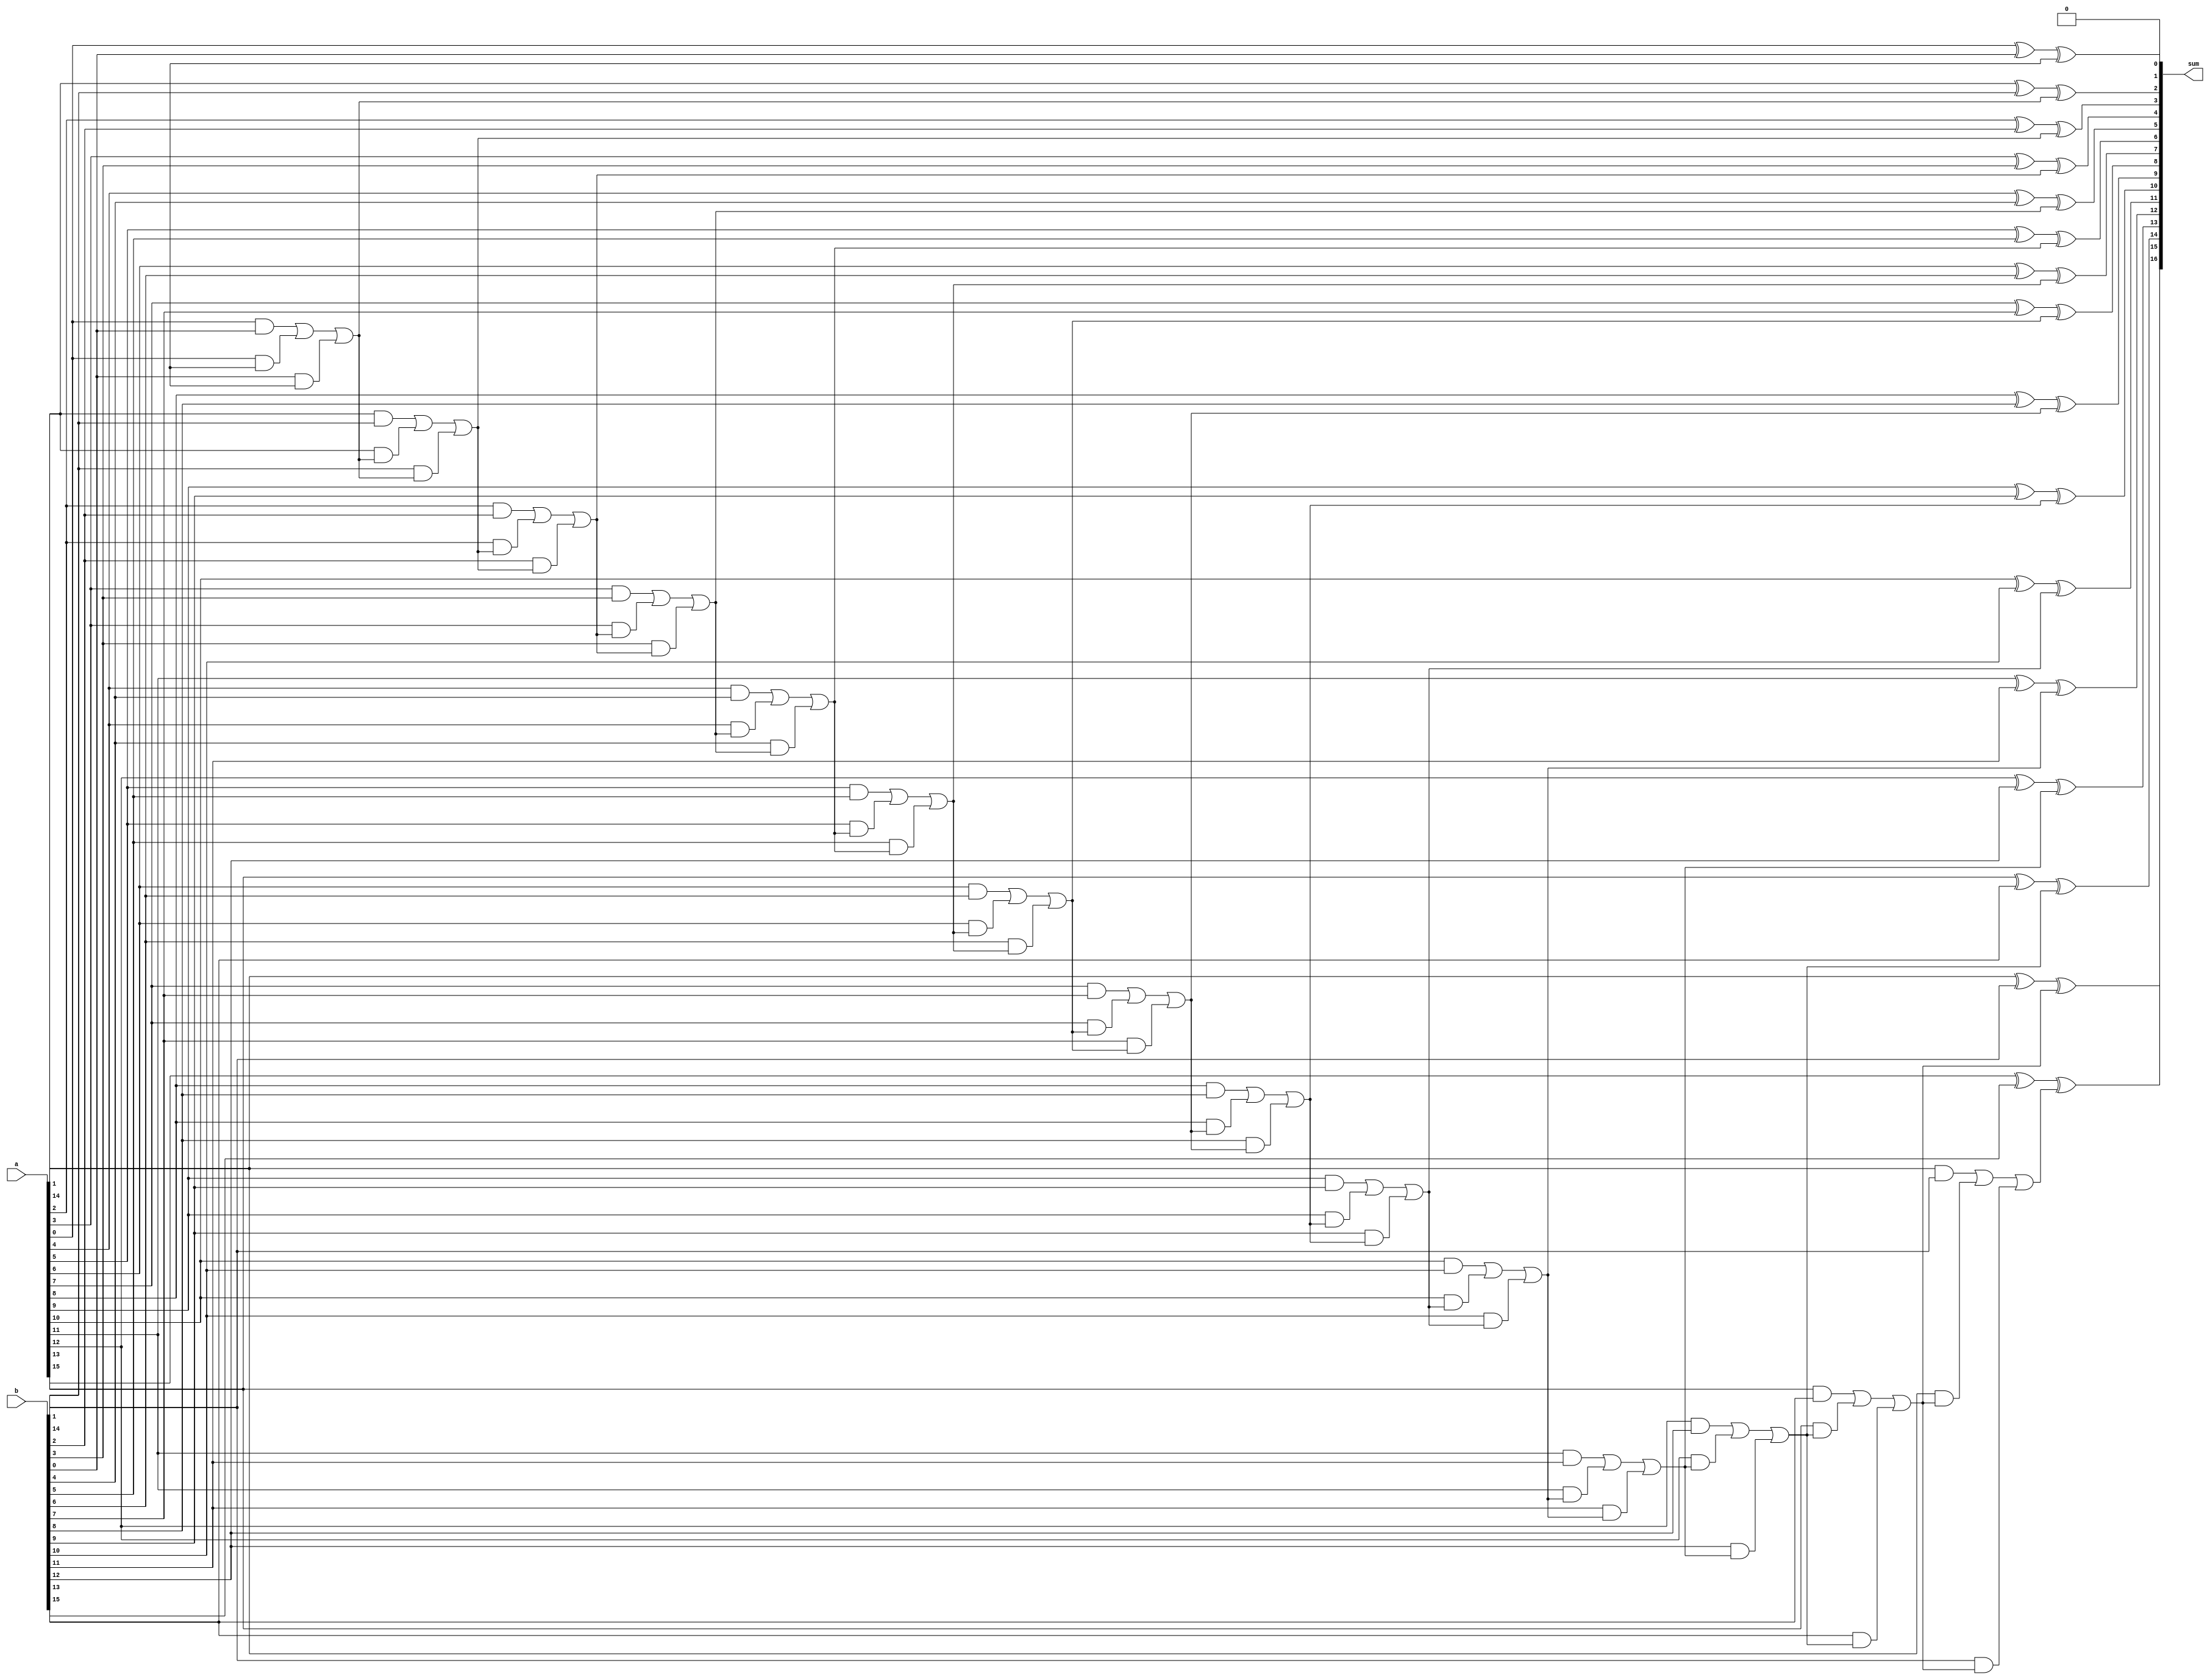
module manchester_carry_chain_adder (
    input wire [15:0] a,
    input wire [15:0] b,
    output wire [16:0] sum
);

reg [15:0] carry;
reg [15:0] internal_sum;

assign sum[0] = 1'b0; // Initialize the carry-in to 0

genvar i;
generate
    for (i = 0; i < 16; i = i + 1) begin : adder_block
        assign internal_sum[i] = a[i] ^ b[i] ^ carry[i];
        assign carry[i+1] = (a[i] & b[i]) | (a[i] & carry[i]) | (b[i] & carry[i]);
    end
endgenerate

assign sum[1:16] = internal_sum;
assign sum[17] = carry[16];

endmodule